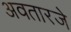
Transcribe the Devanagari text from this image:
अवतारजे